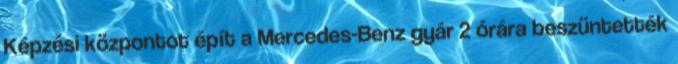
Képzési központot épít a Mercedes-Benz gyár 2 órára beszüntették